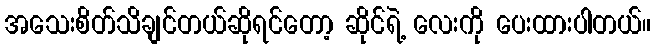
အသေးစိတ်သိချင်တယ်ဆိုရင်တော့ ဆိုင်ရဲ့ လေးကို ပေးထားပါတယ်။